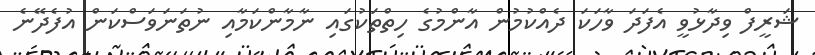
ޝަރީފް ވިދާޅުވީ އެފަދަ ވާހަކަ ދެއްކުމުން އާންމުގެ ހިތްތަކުގައި ނާމާންކަމާއި ނުތަނަވަސްކަން އުފެދޭނެ